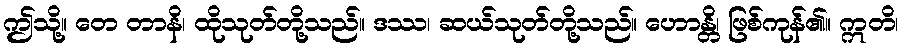
ဤသို့။ တေ တာနိ၊ ထိုသုတ်တို့သည်။ ဒဿ၊ ဆယ်သုတ်တို့သည်။ ဟောန္တိ၊ ဖြစ်ကုန်၏။ ဣတိ၊